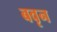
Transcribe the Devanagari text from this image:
बवृन